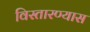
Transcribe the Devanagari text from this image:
विस्तारण्यास